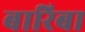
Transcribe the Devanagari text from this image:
बारिबा